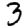
Digit: 3